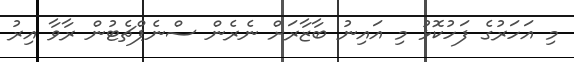
މި އަހަރުގެ ފަހުކޮޅު މި އައިނު ބާޒާރަށް ނެރެން ސްނެޕްޗެޓުން ރާވާ އިރު